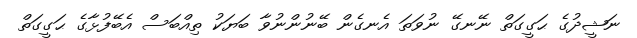
ނަޝީދުގެ ޙަގީގަތް ނޭނގޭ ނުވަތަ އެނގެން ބޭނުންނުވާ ބަޔަކު ތިއްބަސް އެބޭފުޅާގެ ޙަގީގަތް